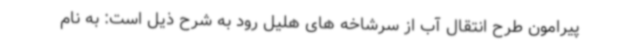
پیرامون طرح انتقال آب از سرشاخه های هلیل رود به شرح ذیل است: به نام